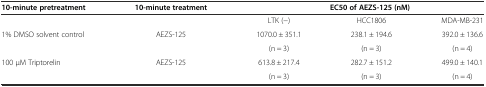
| 10-minute pretreatment | 10-minute treatment | <COLSPAN=3> EC50 of AEZS-125 (nM) |
 | --- | --- | --- | --- | --- |
 |  |  | LTK (-) | HCC1806 | MDA-MB-231 |
 | <ROWSPAN=2> 1% DMSO solvent control | <ROWSPAN=2> AEZS-125 | 1070.0 ± 351.1 | 238.1 ± 194.6 | 392.0 ± 136.6 |
 | (n = 3) | (n = 3) | (n = 4) |
 | <ROWSPAN=2> 100 μM Triptorelin | <ROWSPAN=2> AEZS-125 | 613.8 ± 217.4 | 282.7 ± 151.2 | 499.0 ± 140.1 |
 | (n = 3) | (n = 3) | (n = 4) |